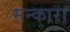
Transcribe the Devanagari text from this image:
मन्कारा